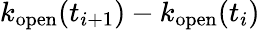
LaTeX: k_{\mathrm{open}}(t_{i+1})-k_{\mathrm{open}}(t_{i})